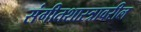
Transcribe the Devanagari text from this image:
संगीतशास्त्रावरील